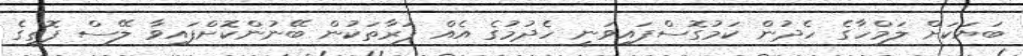
ބަޔަކަށް ލަމްހާގެ ހެދުން ކަމުގޮސްފައިވަނީ ހެދުމުގެ އެއް ފަރާތަކުން ބޭނުންކޮށްފައިވާ ލޭސް ފޮތީގެ